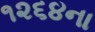
૧૨૬૪ના